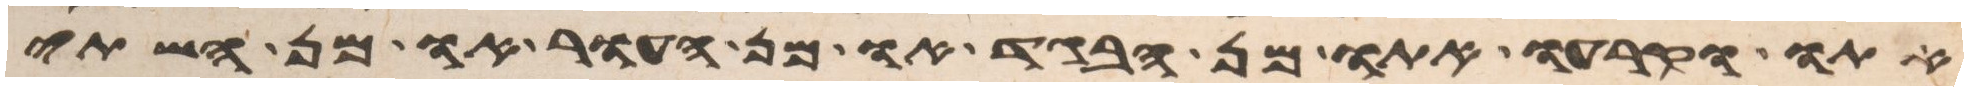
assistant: אתו וקרעו אתו מן הבגד או מן העור או מן השתי